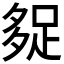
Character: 𰋓